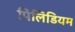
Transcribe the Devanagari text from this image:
पिलिडियम